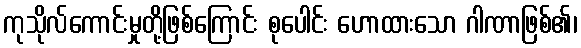
ကုသိုလ်ကောင်းမှုတို့ဖြစ်ကြောင်း စုပေါင်း ဟောထားသော ဂါဏာဖြစ်၏၊